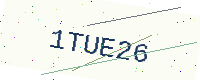
Text: 1TUE26